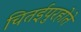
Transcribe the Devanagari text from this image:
चितईपुरहोते